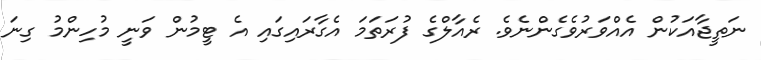
ނަތީޖާއަކުން އެއްވަރުވެގެންނެވެ. ރެއާލްގެ ފުރަތަމަ އެގާރައިގައި އެ ޓީމުން ވަނީ މުހިންމު ގިނަ